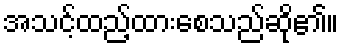
အသင့်ထည့်ထားစေသည်ဆို၏။